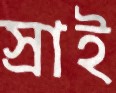
স্রাই